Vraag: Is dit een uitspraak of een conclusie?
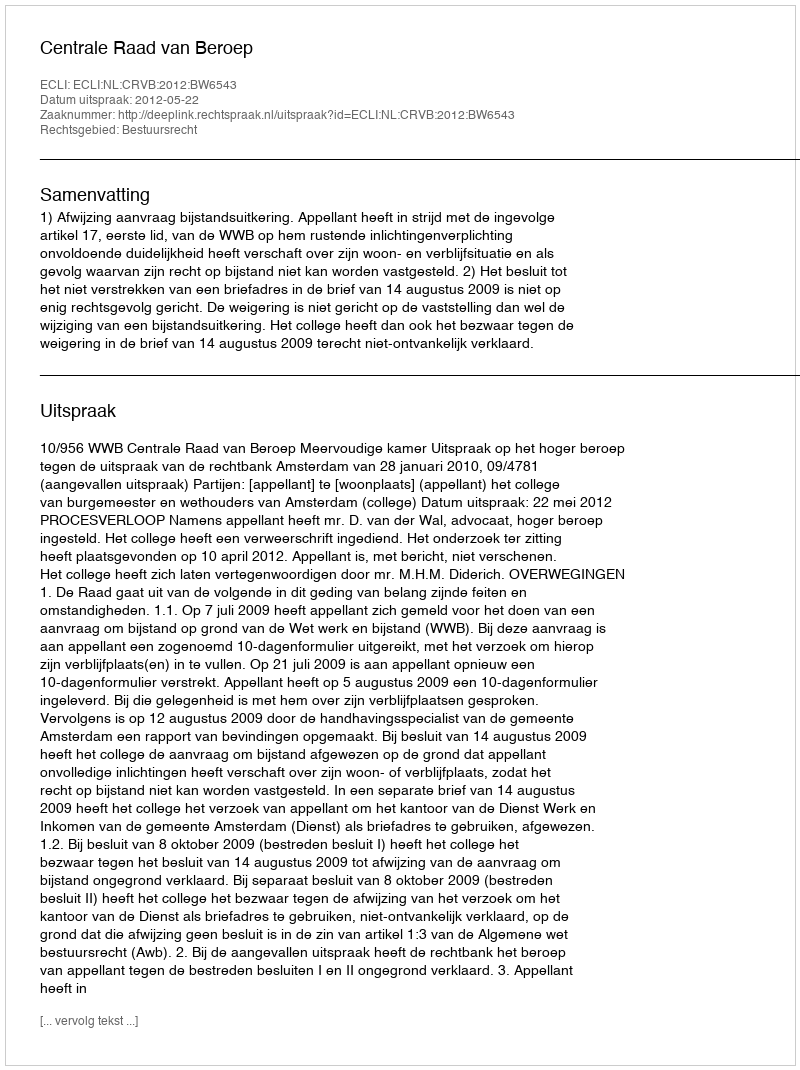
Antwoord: Uitspraak